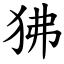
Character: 狒